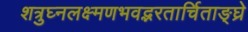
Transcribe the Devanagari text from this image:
शत्रुघ्नलक्ष्मणभवद्भरतार्चिताङ्घ्रे